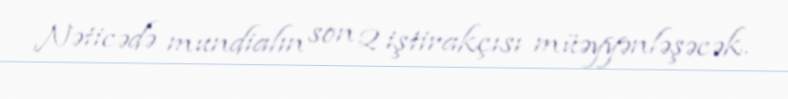
Nəticədə mundialın son 2 iştirakçısı müəyyənləşəcək.